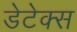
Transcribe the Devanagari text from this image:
डेटेक्स